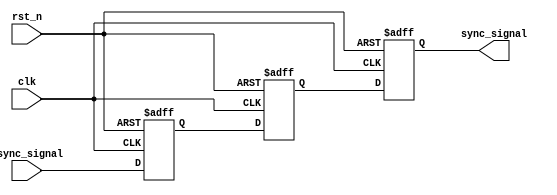
module metastability_detector (
    input wire clk,               // Clock signal
    input wire async_signal,      // Asynchronous input signal
    input wire rst_n,             // Active-low asynchronous reset
    output reg sync_signal         // Synchronized output signal
);

    // Internal signals for the two flip-flops
    reg ff1, ff2;

    // Asynchronous reset and flip-flop behavior
    always @(posedge clk or negedge rst_n) begin
        if (!rst_n) begin
            ff1 <= 1'b0;           // Reset FF1 to 0
            ff2 <= 1'b0;           // Reset FF2 to 0
            sync_signal <= 1'b0;   // Reset output to 0
        end else begin
            ff1 <= async_signal;    // Capture async_signal in FF1
            ff2 <= ff1;             // Capture FF1 output in FF2
            sync_signal <= ff2;     // Output the synchronized signal
        end
    end

endmodule